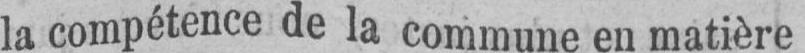
la compétence de la commune en matière